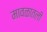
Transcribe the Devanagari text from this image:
मावळातली